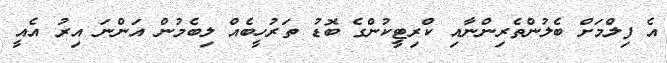
އެ ފިލްމަށް ބެލުންތެރިންނާއި ކްރިޓީކުންގެ ބޮޑު ތަރުހީބެއް ލިބެމުން އަންނަ އިރު އެއީ